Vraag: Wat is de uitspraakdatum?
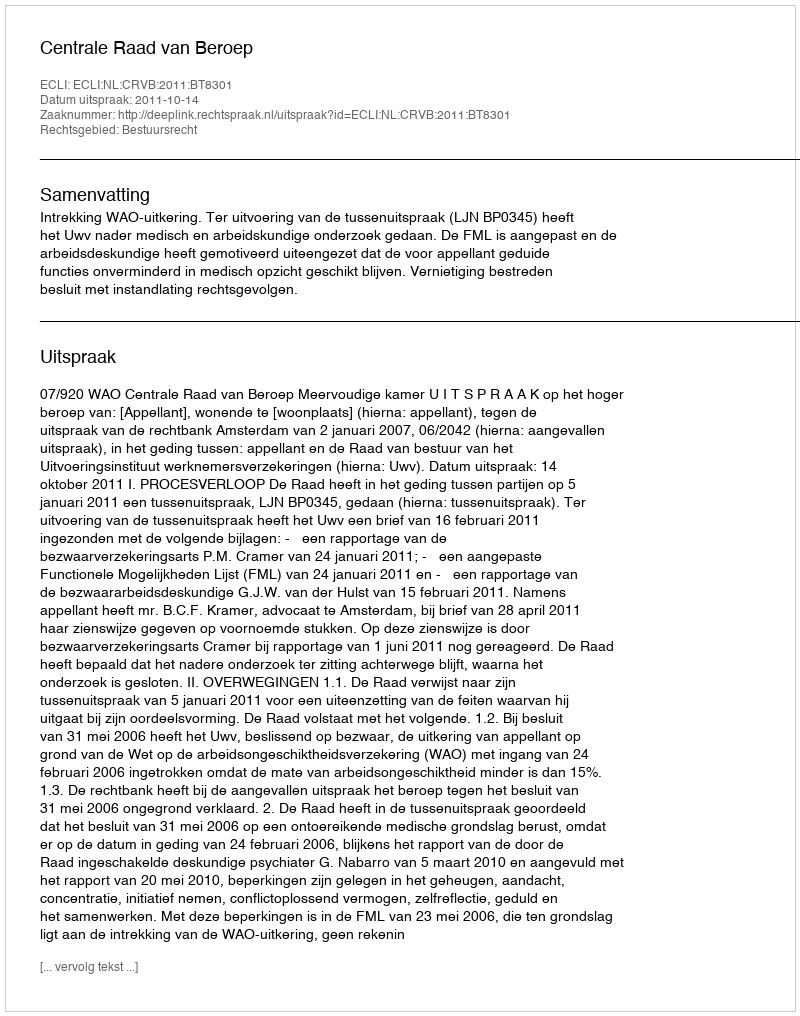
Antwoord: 2011-10-14